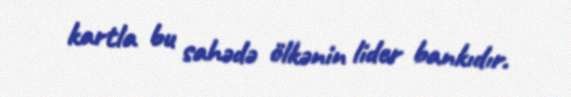
kartla bu sahədə ölkənin lider bankıdır.